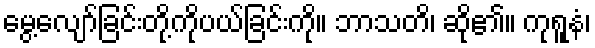
မွေ့လျော်ခြင်းတို့ကိုပယ်ခြင်းကို။ ဘာသတိ၊ ဆို၏။ ကုရူနံ၊